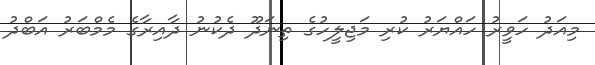
މިއަދު ހަވީރު ހައްޔަރު ކުރި މަޖިލީހުގެ ތިނަދޫ ދެކުނު ދާއިރާގެ މެމްބަރު އަބްދު